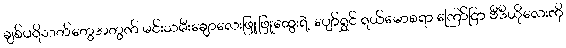
ချစ်ပရိသတ်တွေအတွက် မင်းသမီးချောလေးဖြူဖြူထွေးရဲ့ ပျော်ရွှင် ရယ်မောစရာ ကြော်ငြာ ဗီဒီယိုလေးကို